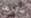
صورهم